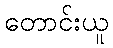
တောင်းယူ